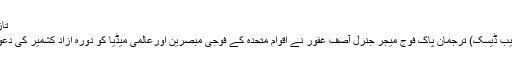
تازہ ترین خبر
راولپنڈی (ویب ڈیسک) ترجمان پاک فوج میجر جنرل آصف غفور نے اقوام متحدہ کے فوجی مبصرین اورعالمی میڈیا کو دورہ آزاد کشمیر کی دعوت دے دی۔